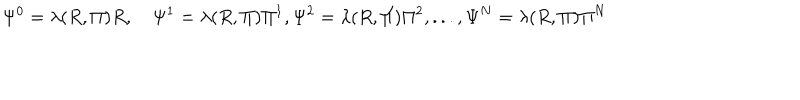
LaTeX: \Psi ^ { 0 } = \lambda ( R , \Pi ) R , \quad \Psi ^ { 1 } = \lambda ( R , \Pi ) \Pi ^ { 1 } , \Psi ^ { 2 } = \lambda ( R , \Pi ) \Pi ^ { 2 } , . . . , \Psi ^ { N } = \lambda ( R , \Pi ) \Pi ^ { N }